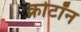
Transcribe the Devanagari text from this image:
क्रोटॉन